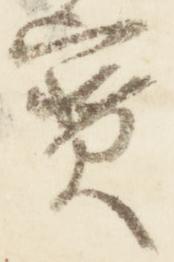
宝